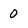
Character: 0